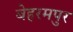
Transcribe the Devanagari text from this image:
बेहरमपुर